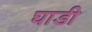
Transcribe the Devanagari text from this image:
घाडी